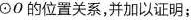
⊙0的位置关系，并加以证明；